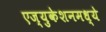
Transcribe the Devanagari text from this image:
एज्युकेशनमध्ये